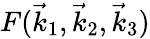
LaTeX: F(\vec{k}_{1},\vec{k}_{2},\vec{k}_{3})